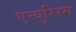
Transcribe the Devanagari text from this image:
एन्युरिस्म